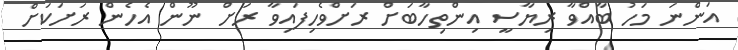
އަންނަ މަހު ބާއްވާ ރިޔާސީ އިންތިހާބަށް ރަށްވެހިފައިވާ ރަށް ނޫން އެހެން ރަށަކަށް